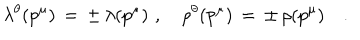
\lambda ^ { \theta } ( p ^ { \mu } ) \, = \, \pm \, \lambda ( p ^ { \mu } ) \, \, , \quad \rho ^ { \theta } ( p ^ { \mu } ) \, = \, \pm \, \rho ( p ^ { \mu } ) \quad .